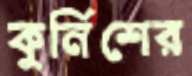
কুর্নিশের